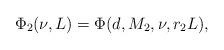
LaTeX: \begin{align*}\Phi_2(\nu,L) = \Phi(d,M_2,\nu,r_2 L),\end{align*}